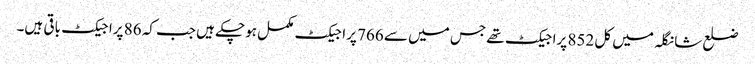
ضلع شانگلہ میں کل 852 پراجیکٹ تھے جس میں سے 766 پراجیکٹ مکمل ہوچکے ہیں جب کہ 86 پراجیکٹ باقی ہیں۔